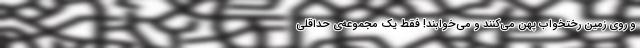
و روی زمین رختخواب پهن می‌کنند و می‌خوابند! فقط یک مجموعه‌ی حداقلی